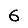
Digit: 6